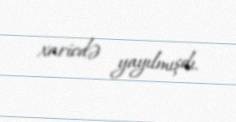
xaricdə yayılmışdı.